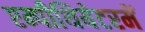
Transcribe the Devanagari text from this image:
एम्पीथियेटरमें